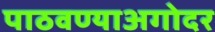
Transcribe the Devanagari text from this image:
पाठवण्याअगोदर